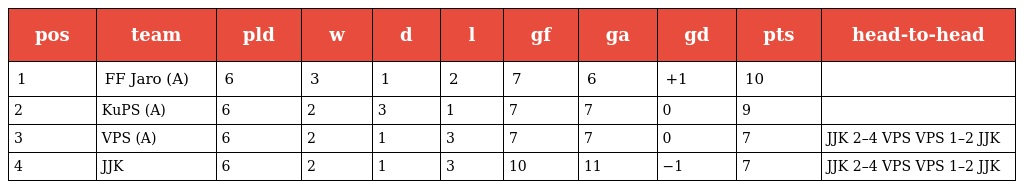
| pos | team | pld | w | d | l | gf | ga | gd | pts | head-to-head |
 | --- | --- | --- | --- | --- | --- | --- | --- | --- | --- | --- |
 | 1 | FF Jaro (A) | 6 | 3 | 1 | 2 | 7 | 6 | +1 | 10 |  |
 | 2 | KuPS (A) | 6 | 2 | 3 | 1 | 7 | 7 | 0 | 9 |  |
 | 3 | VPS (A) | 6 | 2 | 1 | 3 | 7 | 7 | 0 | 7 | JJK 2–4 VPS VPS 1–2 JJK |
 | 4 | JJK | 6 | 2 | 1 | 3 | 10 | 11 | −1 | 7 | JJK 2–4 VPS VPS 1–2 JJK |